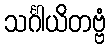
သင်္ဂါယိတဗ္ဗံ